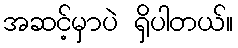
အဆင့်မှာပဲ ရှိပါတယ်။